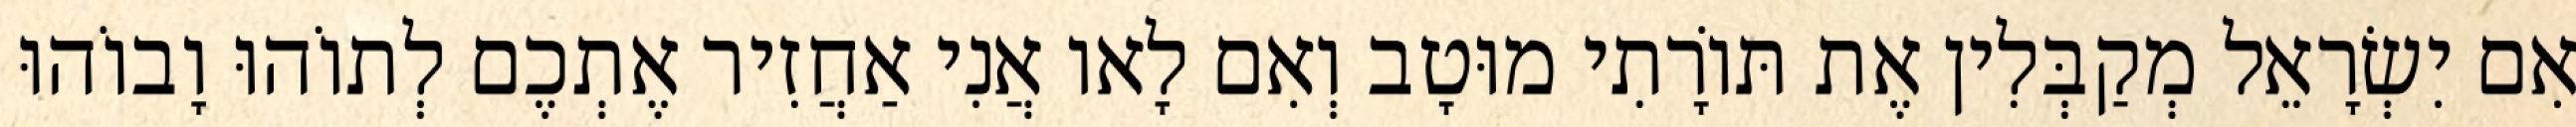
אִם יִשְׂרָאֵל מְקַבְּלִין אֶת תּוֹרָתִי מוּטָב וְאִם לָאו אֲנִי אַחֲזִיר אֶתְכֶם לְתוֹהוּ וָבוֹהוּ